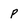
Character: p